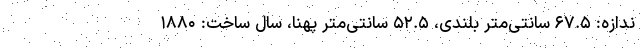
ندازه: ۶۷.۵ سانتی‌متر بلندی، ۵۲.۵ سانتی‌متر پهنا، سال ساخت: ۱۸۸۰